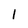
Character: 1